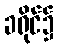
ခရိုင်၌